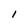
Character: I